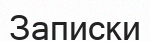
Записки